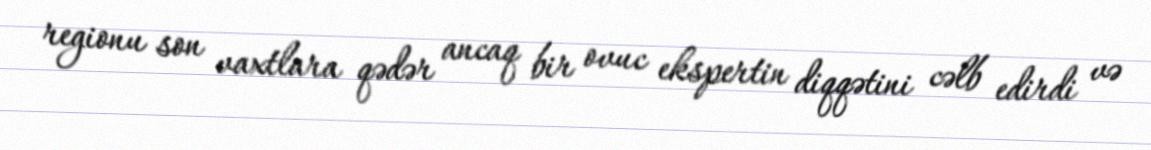
regionu son vaxtlara qədər ancaq bir ovuc ekspertin diqqətini cəlb edirdi və